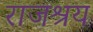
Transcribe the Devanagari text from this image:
राजश्रय